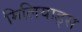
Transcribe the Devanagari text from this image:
मिलियाड्स